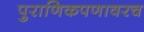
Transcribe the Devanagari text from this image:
पुराणिकपणावरच